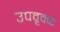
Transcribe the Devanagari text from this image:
उपवृक्क